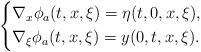
LaTeX: \begin{align*}\left\{\begin{aligned}&\nabla_x\phi_a(t,x,\xi)=\eta(t,0,x,\xi),\\&\nabla_\xi\phi_a(t,x,\xi)=y(0,t,x,\xi).\end{aligned}\right.\end{align*}